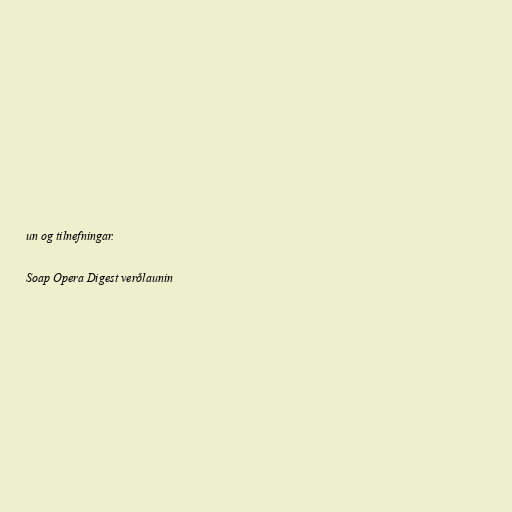
un og tilnefningar.

Soap Opera Digest verðlaunin